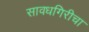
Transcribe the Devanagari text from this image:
सावधगिरीचा